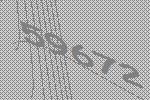
59672